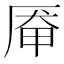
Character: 厣